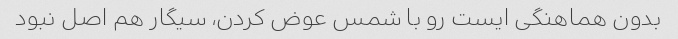
بدون هماهنگی ایست رو با شمس عوض کردن، سیگار هم اصل نبود